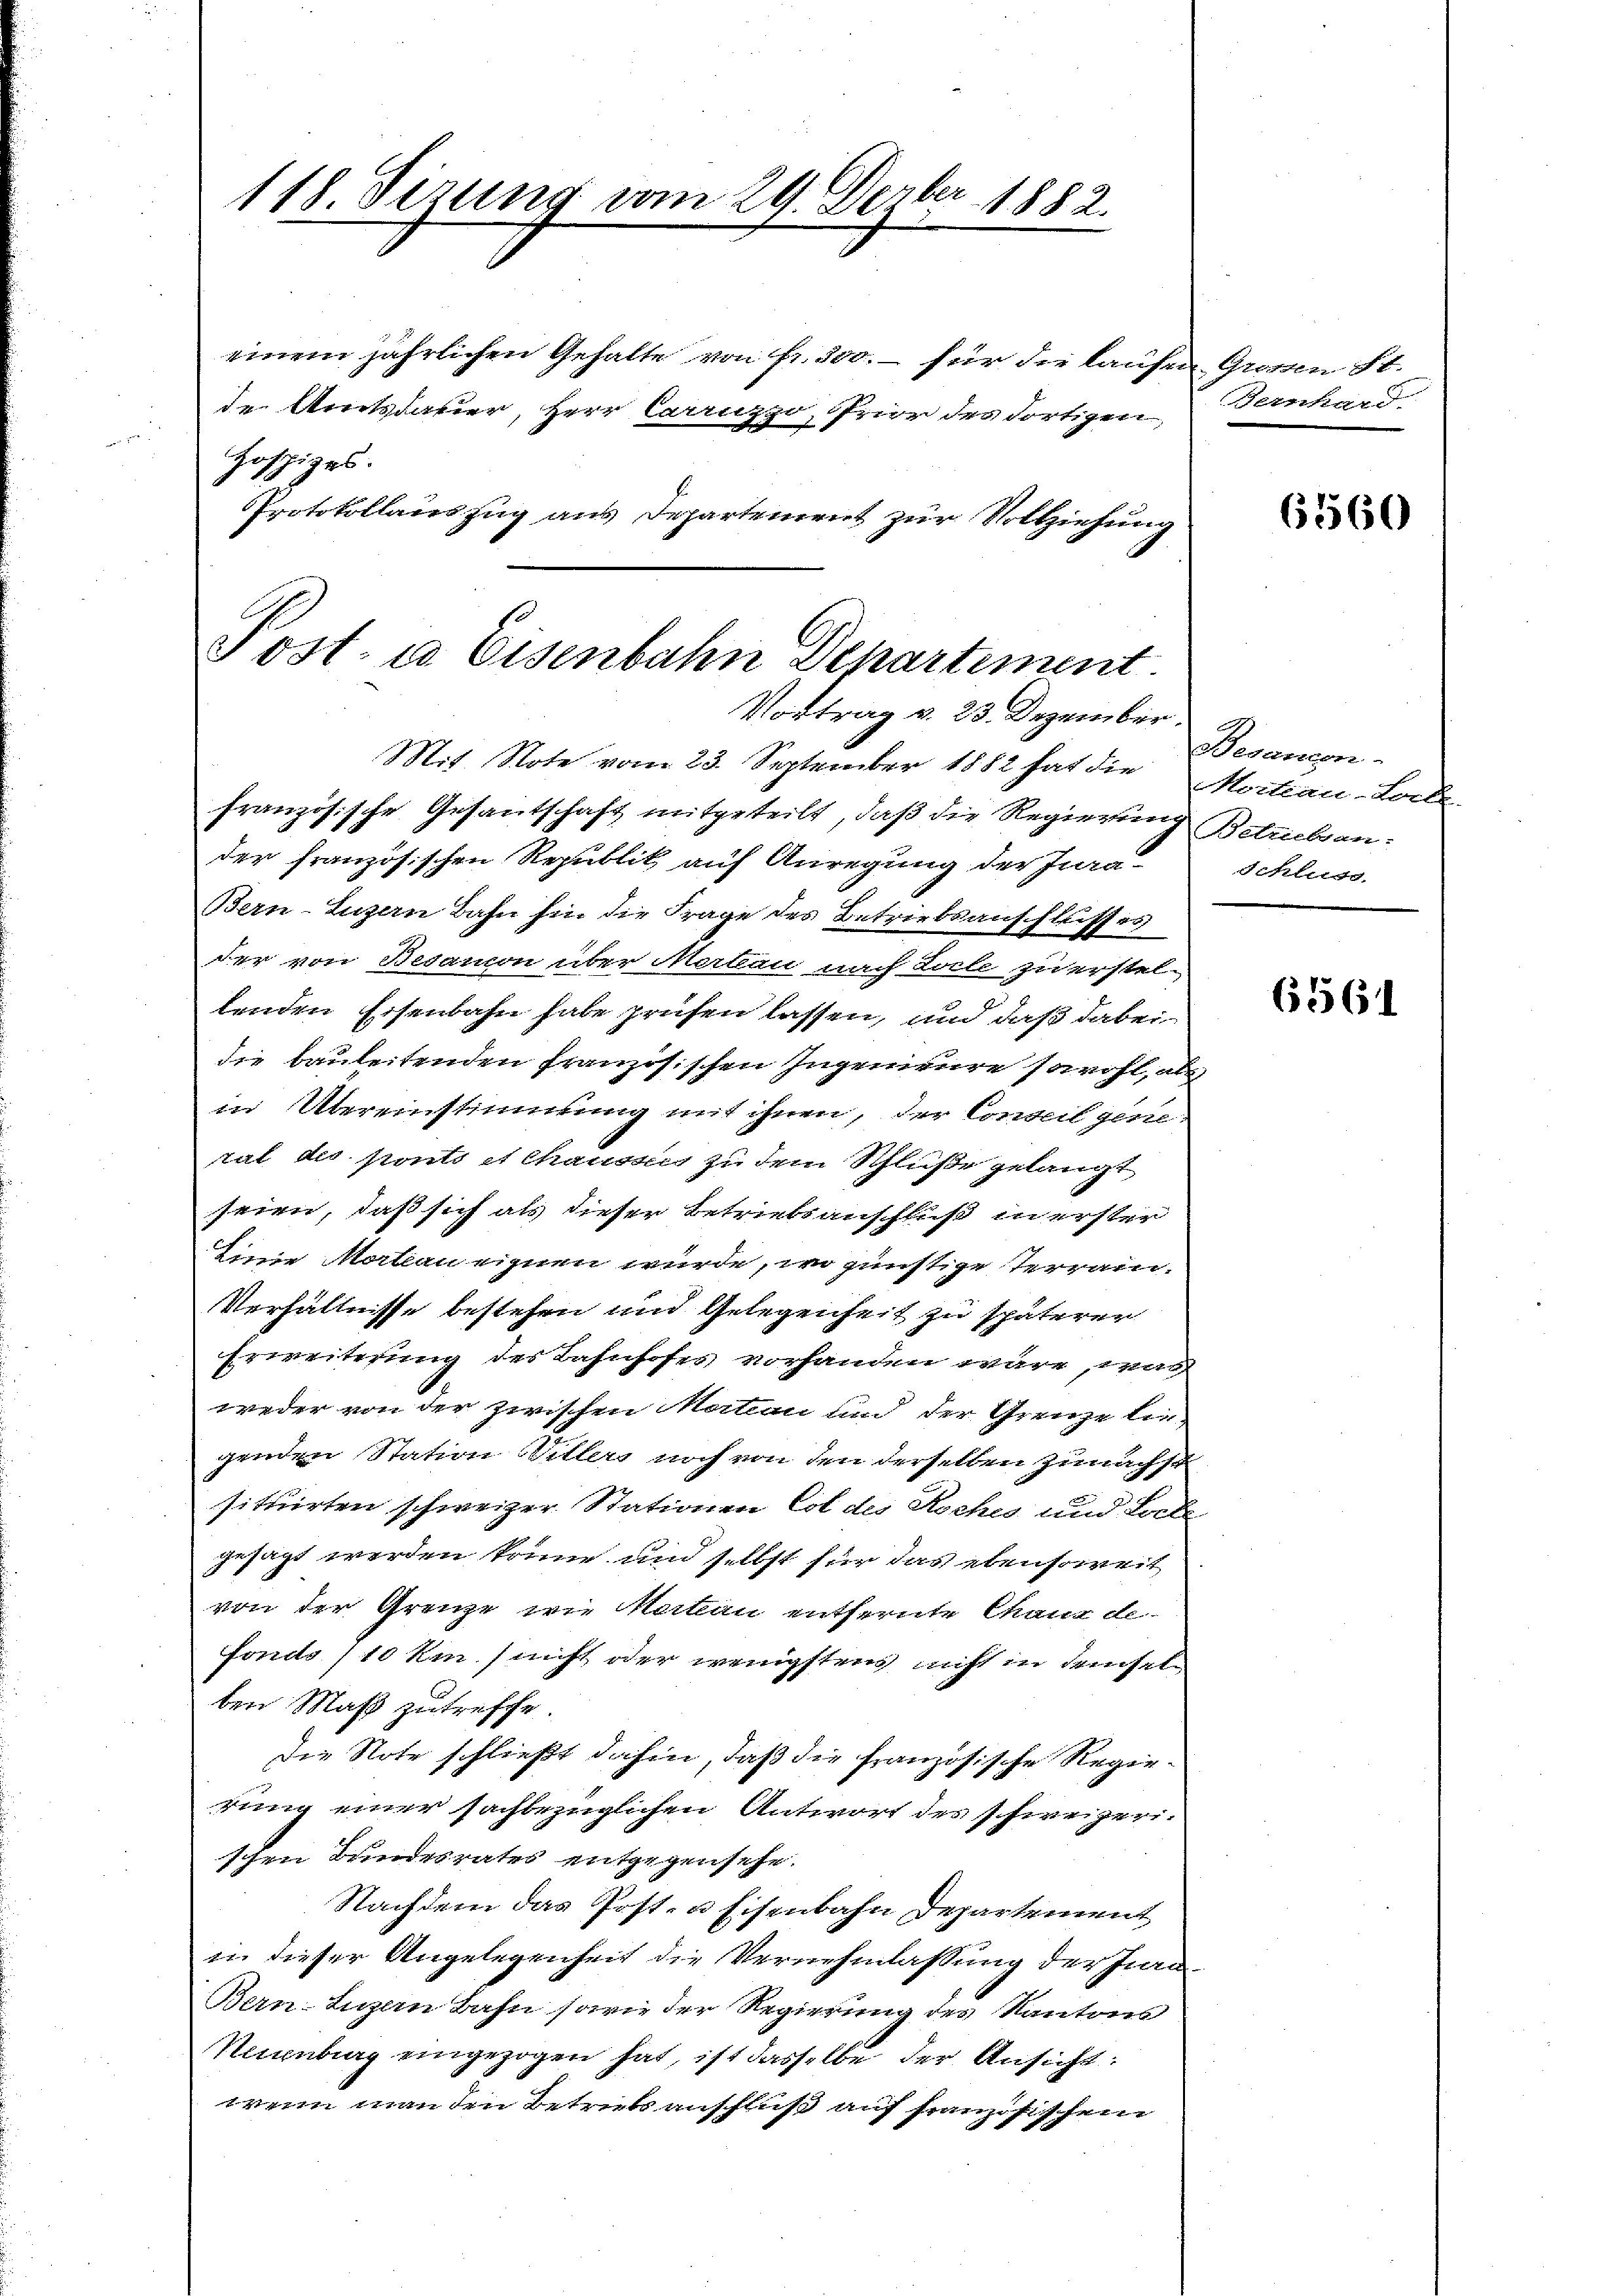
118 Tirung vom 29. Dezbr. 1882.

einem jährlichen Gehalte von Fr. 300. für die laufen
de Amtsdauer, Herr Caruzzo, Prior des dortigen,
Hospizes.
Protokollauszug aus Departement zur Vollziehung
Post. a. Eisenbahn Departement.

Vortrag v. 23. Dezember

Mit Note vom 23. September 1882 hat die
französische Gesantschaft mitgeteilt, daß die Regierung
der französischen Republik auf Anregung der Jura-
Ben-Luzern Bahn hin die Frage des Betriebsanschluss es
der von Besanion über Makan nach Locke zu erstel-
lenden Eisenbahn habe prüfen lassen, und daß dabei
die bauleitenden französischen Ingenieure sowohl, als
in Übereinstimmung mit ihnen, der Conseil gese
ral des ponts et chausses zu dem Schluße gelangt
seien, daß sich als dieser Betriebsanschluß in erster
Eine Martian eignen wurde, wo günstige Terrain.
Verhältnisse bestehen und Gelegenheit zu späterer
Erweiterung des Bahnhofes vorhanden wäre, was
weder von der zwischen Motion und der Grenze liegenden Station Ritters noch von den derselben zunächst
situirten schweizer Stationen Col des Roches und Locke
gesagt werden könne und selbst für das ebensoweit
von der Grenze wie Martian entfernte Chanz de
fonds 10 Rm. / nicht oder wenigstens nicht in demsel
ben Maß zutreffe.
die Note schließt dahin, daß die französische Regie-
rung einer sachbezüglichen Antwort des schweizeri-
schen Bundesrates entgegensehe.
Nachdem das Post- u Eisenbahn Departement
in dieser Angelegenheit die Vernehmlassung der Fra
Ben-Luzern Bahn sowie der Regierung des Kantons
Nainburg eingezogen hat, ist dasselbe der Ansicht:
wenn man den Betriebs anschluß auf französischen

Groten St.
Bernhard

6560

Besangen
Mortiau-Locke
Betrieben:
Schluss.

6561